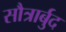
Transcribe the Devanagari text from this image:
सौत्रार्बुद